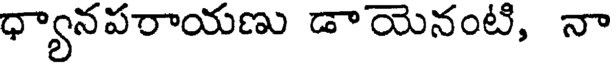
ధ్యానపరాయణు డాయెనంటి, నా